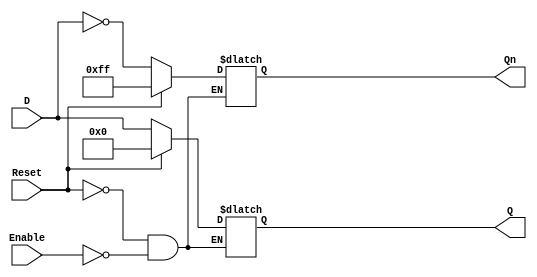
module LatchRegister #(
    parameter N = 8 // Number of bits in the register
) (
    input wire [N-1:0] D,       // Data input
    input wire Enable,           // Control signal
    input wire Reset,            // Asynchronous reset signal
    output reg [N-1:0] Q,        // Data output
    output reg [N-1:0] Qn        // Complementary output
);

// Asynchronous reset logic
always @(*) begin
    if (Reset) begin
        Q <= {N{1'b0}};          // Initialize all bits to 0
        Qn <= {N{1'b1}};         // Initialize complementary output to 1s
    end else if (Enable) begin
        Q <= D;                  // Latch the input data when enabled
        Qn <= ~D;                // Complementary output
    end
end

endmodule